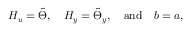
\boldsymbol { H _ { u } } = \boldsymbol { \tilde { \Theta } } , \quad \boldsymbol { H _ { y } } = \boldsymbol { \tilde { \Theta } _ { y } } , \quad \mathrm { a n d } \quad \boldsymbol { b } = \boldsymbol { a } ,